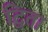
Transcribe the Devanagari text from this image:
द्विता